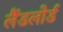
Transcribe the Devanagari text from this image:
लैंडलोर्ड